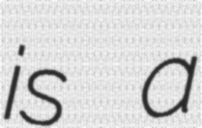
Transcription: is a